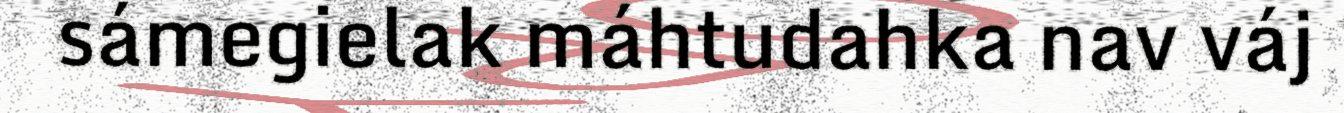
sámegielak máhtudahka nav váj